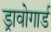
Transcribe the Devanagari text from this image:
ड्रावोगार्ड